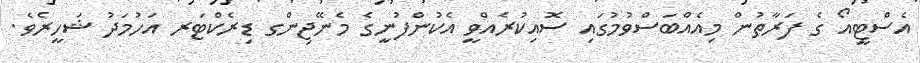
އެސްޓީއޯ ގެ ފަރާތުން މިއެއްބަސްވުމުގައި ސޮއިކުރެއްވީ އެކުންފުނީގެ މެނޭޖިންގ ޑިރެކްޓަރ އަހުމަދު ޝަހީރެވެ.